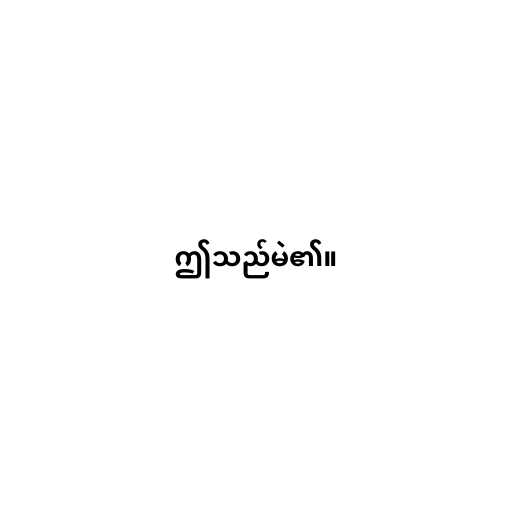
ဤသည်မဲ၏။